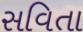
સવિતા